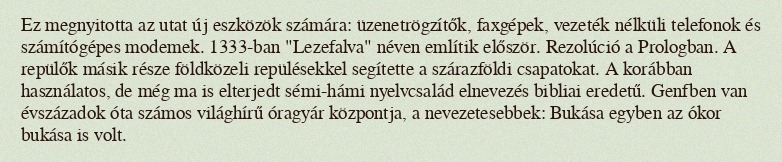
Ez megnyitotta az utat új eszközök számára: üzenetrögzítők, faxgépek, vezeték nélküli telefonok és számítógépes modemek. 1333-ban "Lezefalva" néven említik először. Rezolúció a Prologban. A repülők másik része földközeli repülésekkel segítette a szárazföldi csapatokat. A korábban használatos, de még ma is elterjedt sémi-hámi nyelvcsalád elnevezés bibliai eredetű. Genfben van évszázadok óta számos világhírű óragyár központja, a nevezetesebbek: Bukása egyben az ókor bukása is volt.